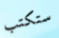
ستكتب